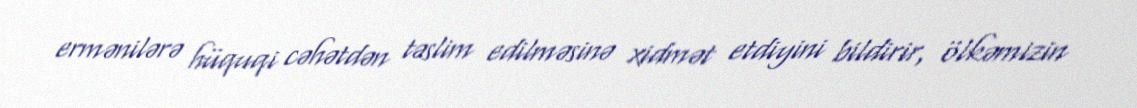
ermənilərə hüquqi cəhətdən təslim edilməsinə xidmət etdiyini bildirir, ölkəmizin